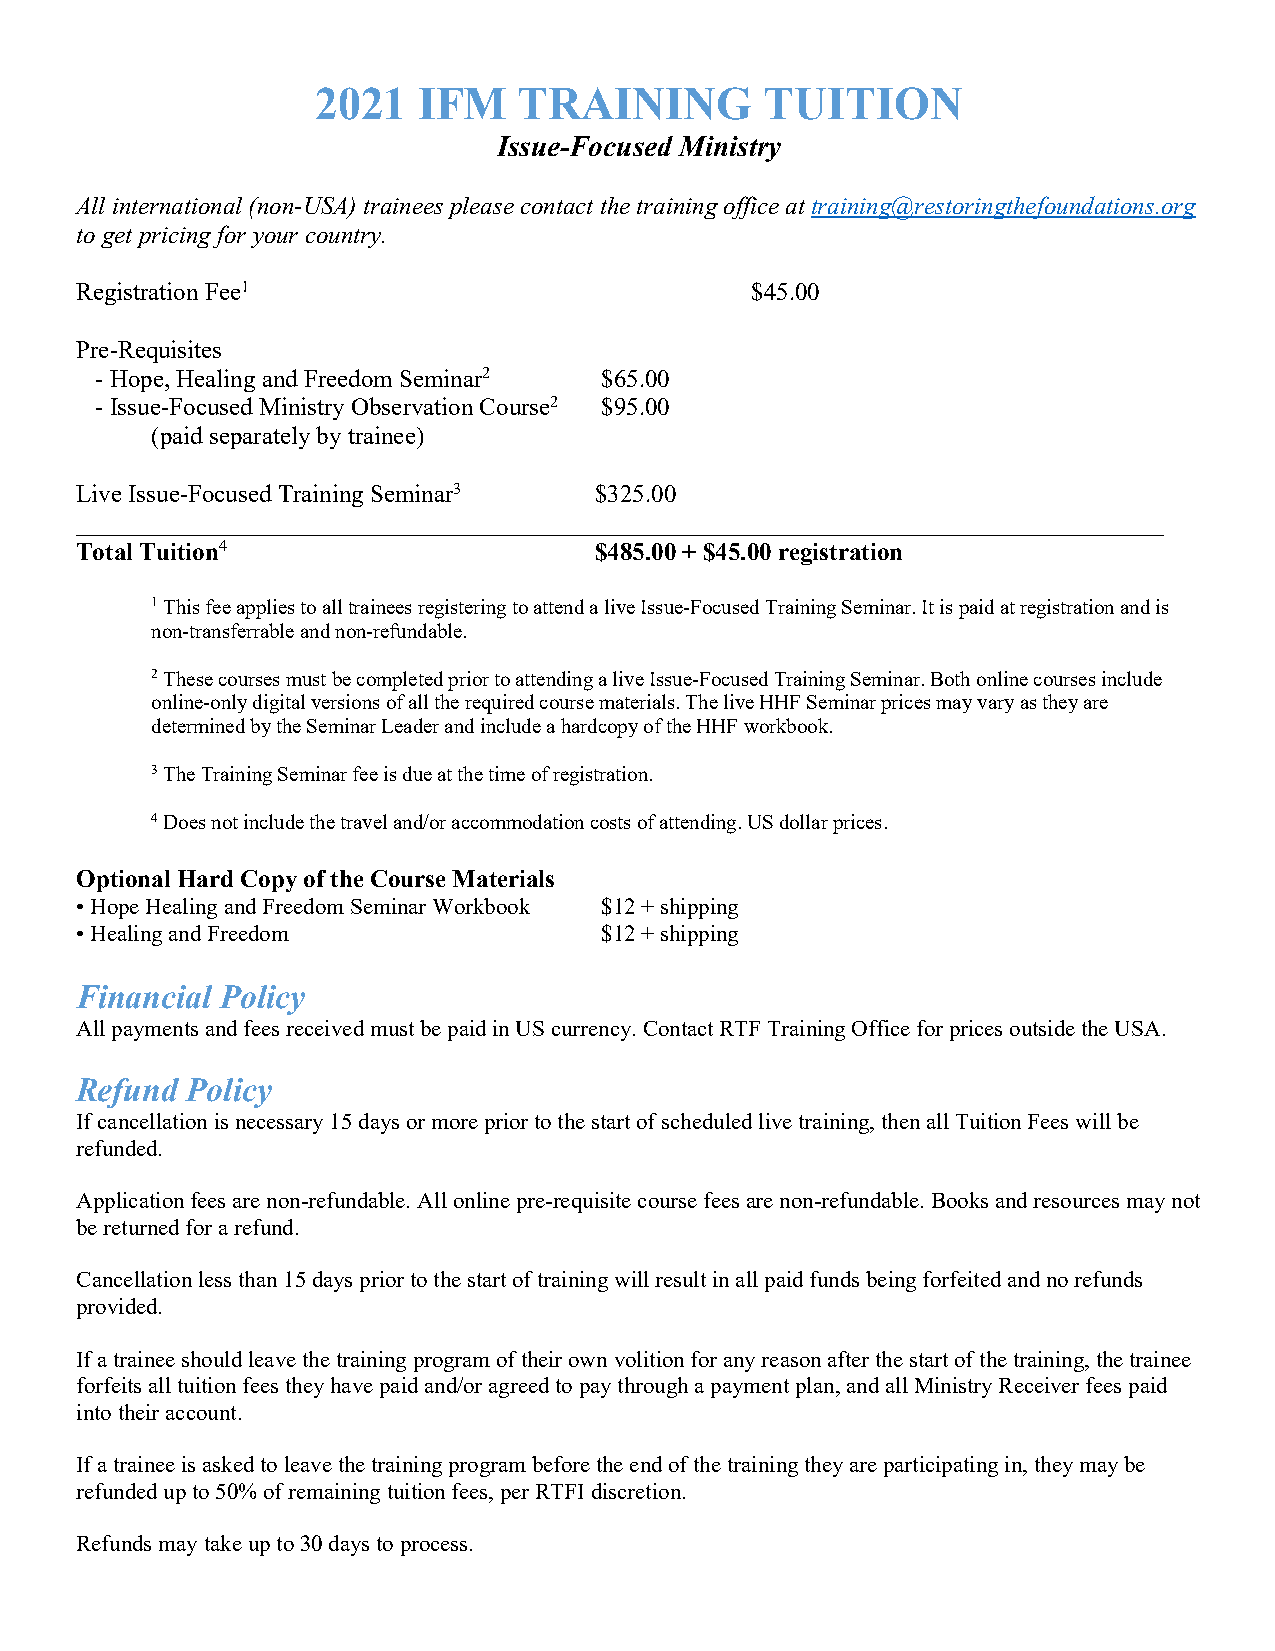
2021   IFM   TRAINING         TUITION
 Issue-Focused Ministry
 All international (non-USA) trainees please contact the training office at training@restoringthefoundations.org
 to get pricing for your country.
 Registration Fee1                            $45.00
 Pre-Requisites
 - Hope, Healing and Freedom Seminar2 $65.00
 - Issue-Focused Ministry Observation Course2 $95.00
 (paid separately by trainee)
 Live Issue-Focused Training Seminar3 $325.00
 _______________________________________________________________________________________
 Total Tuition4                    $485.00 + $45.00 registration
 1 This fee applies to all trainees registering to attend a live Issue-Focused Training Seminar. It is paid at registration and is
 non-transferrable and non-refundable.
 2 These courses must be completed prior to attending a live Issue-Focused Training Seminar. Both online courses include
 online-only digital versions of all the required course materials. The live HHF Seminar prices may vary as they are
 determined by the Seminar Leader and include a hardcopy of the HHF workbook.
 3 The Training Seminar fee is due at the time of registration.
 4 Does not include the travel and/or accommodation costs of attending. US dollar prices.
 Optional Hard Copy of the Course Materials
 • Hope Healing and Freedom Seminar Workbook $12 + shipping
 • Healing and Freedom              $12 + shipping
 Financial Policy
 All payments and fees received must be paid in US currency. Contact RTF Training Office for prices outside the USA.
 Refund Policy
 If cancellation is necessary 15 days or more prior to the start of scheduled live training, then all Tuition Fees will be
 refunded.
 Application fees are non-refundable. All online pre-requisite course fees are non-refundable. Books and resources may not
 be returned for a refund.
 Cancellation less than 15 days prior to the start of training will result in all paid funds being forfeited and no refunds
 provided.
 If a trainee should leave the training program of their own volition for any reason after the start of the training, the trainee
 forfeits all tuition fees they have paid and/or agreed to pay through a payment plan, and all Ministry Receiver fees paid
 into their account.
 If a trainee is asked to leave the training program before the end of the training they are participating in, they may be
 refunded up to 50% of remaining tuition fees, per RTFI discretion.
 Refunds may take up to 30 days to process.